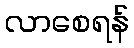
လာစေရန်